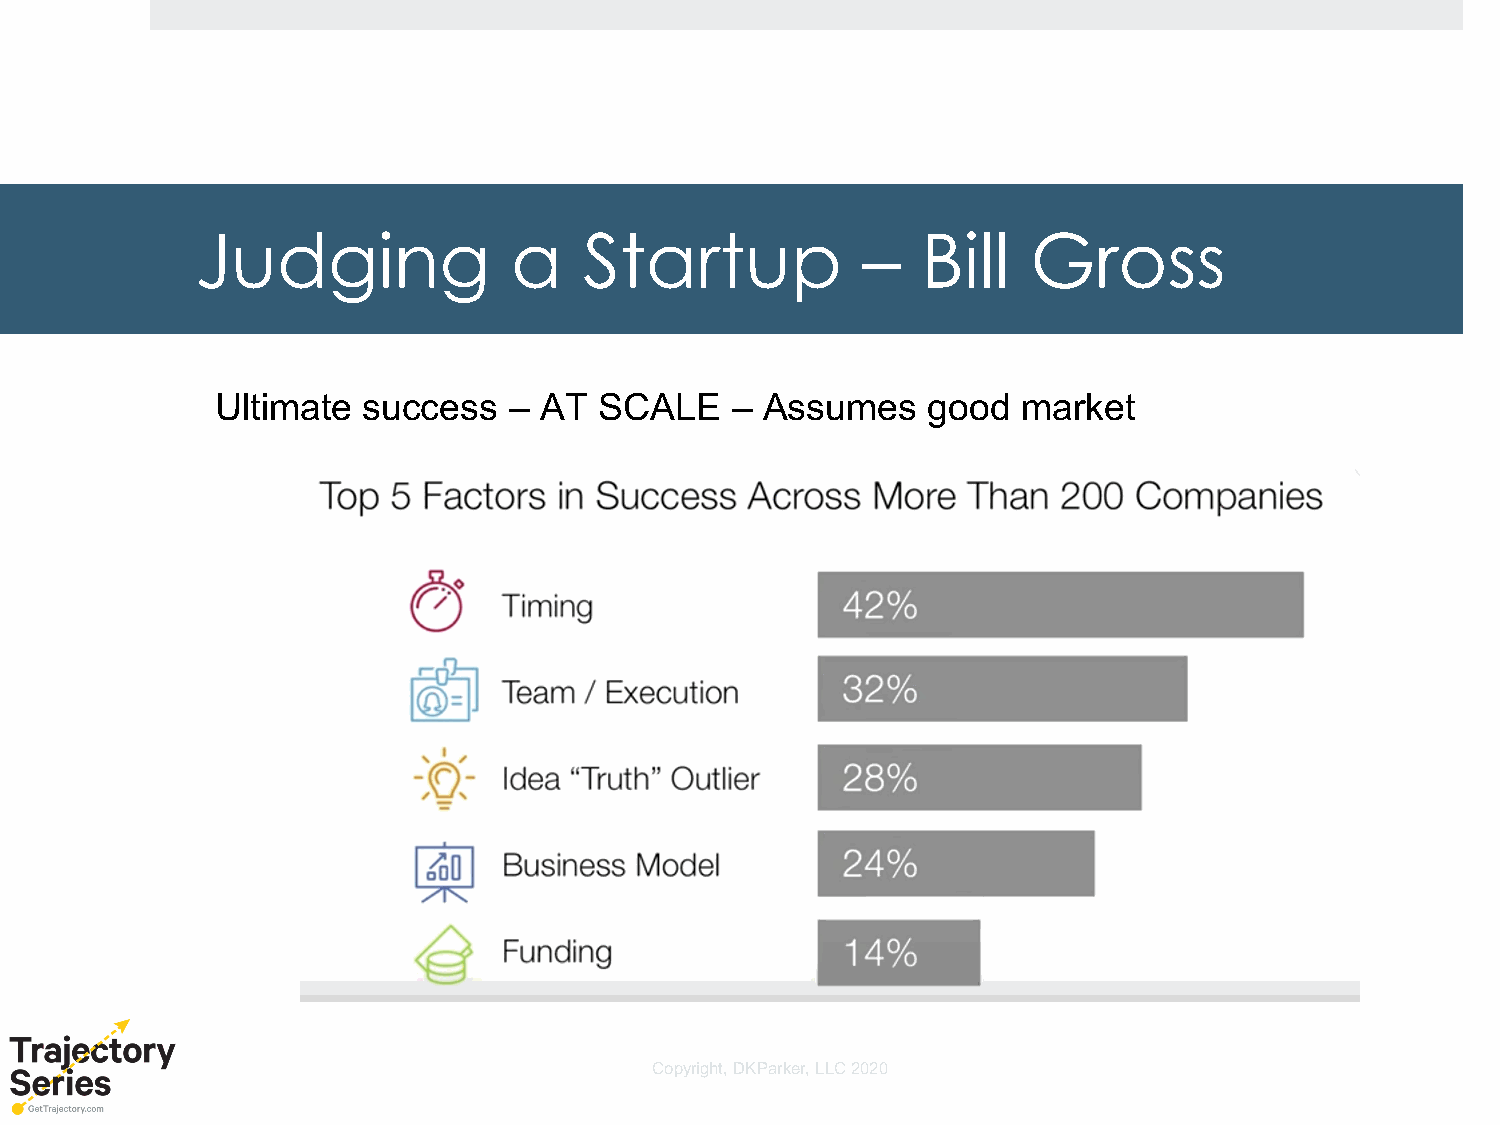
Judging              a    Startup           –   Bill   Gross
 Ultimate  success   – AT  SCALE   –  Assumes   good   market
 Copyright, DKParker, LLC 2020